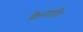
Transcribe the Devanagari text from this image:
केनापि